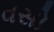
વસો